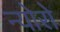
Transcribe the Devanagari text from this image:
न्योरो